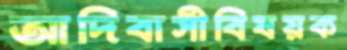
আদিবাসীবিষয়ক